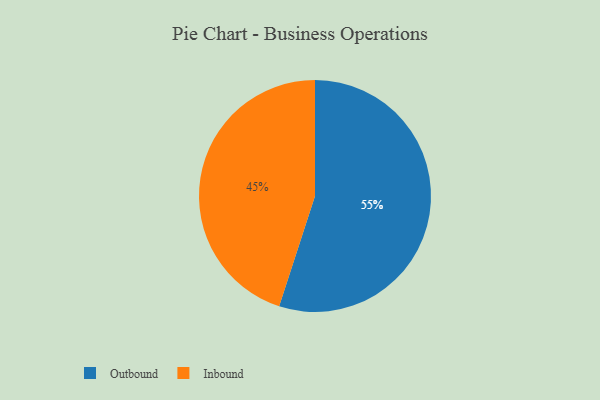
{"axis": {"x": "Category", "y": "Percentage"}, "legend": ["Inbound", "Outbound"], "data": [{"x": "Inbound", "y": 45, "type": "Inbound"}, {"x": "Outbound", "y": 55, "type": "Outbound"}]}